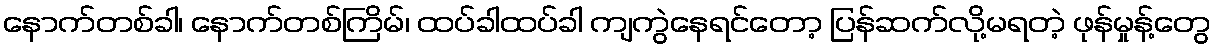
နောက်တစ်ခါ၊ နောက်တစ်ကြိမ်၊ ထပ်ခါထပ်ခါ ကျကွဲနေရင်တော့ ပြန်ဆက်လို့မရတဲ့ ဖုန်မှုန့်တွေ